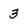
Character: 3